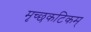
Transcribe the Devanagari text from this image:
मृच्छकटिकम्‌